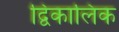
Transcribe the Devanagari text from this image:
द्विकालिक